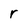
Character: r